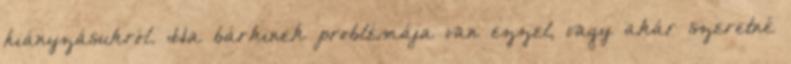
hiányzásukról. Ha bárkinek problémája van ezzel, vagy akár szeretné